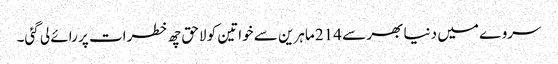
سروے میں دنیا بھر سے 214 ماہرین سے خواتین کو لاحق چھ خطرات پر رائے لی گئی۔